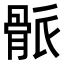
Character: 𩨶